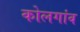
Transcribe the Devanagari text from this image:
कोलगांव